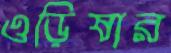
ওড়িষার